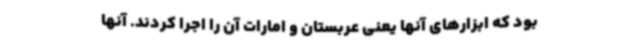
بود که ابزارهای آنها یعنی عربستان و امارات آن را اجرا کردند. آنها